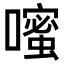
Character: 𪢗